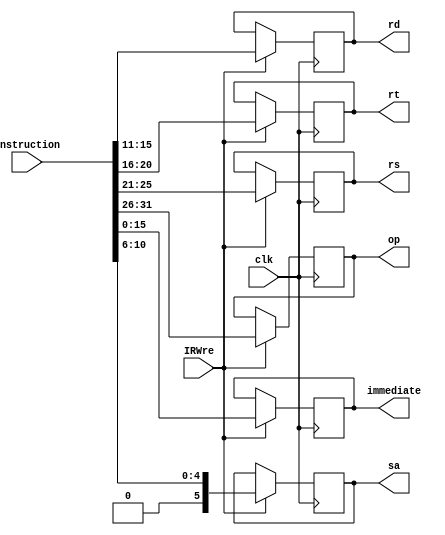
`timescale 1ns / 1ps


module IR(
    input clk,
    input IRWre,
    input [31:0] instruction,
    output reg[5:0] op,   
    output reg[4:0] rs, rt, rd,  
    output reg[15:0] immediate,
    output reg[5:0] sa
    );
    
    //
    always @(posedge clk) begin
        if (IRWre == 1) begin
            op = instruction[31:26];  
            rs = instruction[25:21];  
            rt = instruction[20:16];  
            rd = instruction[15:11];  
            sa = instruction[10:6];
            immediate = instruction[15:0];
        end
    end
endmodule